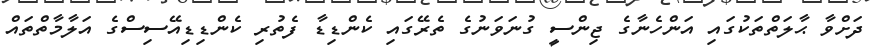
ދަށްވާ ޙާލަތްތަކުގައި އަންހެނާގެ ޖިންސީ ގުނަވަނުގެ ތެރޭގައި ކެންޑިޑާ ފެތުރި ކެންޑިޑިއޭސިސްގެ އަލާމާތްތައް